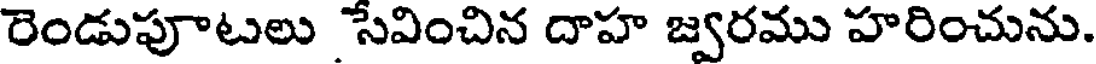
రెండుపూటలు సేవించిన దాహ జ్వరము హరించును.